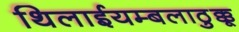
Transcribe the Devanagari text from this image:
थिलाईयम्बलाठुक्कू